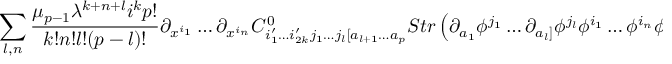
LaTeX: \sum _ { l , n } \frac { \mu _ { p - 1 } \lambda ^ { k + n + l } i ^ { k } p ! } { k ! n ! l ! ( p - l ) ! } \partial _ { x ^ { i _ { 1 } } } \ldots \partial _ { x ^ { i _ { n } } } C _ { i _ { 1 } ^ { \prime } \ldots i _ { 2 k } ^ { \prime } j _ { 1 } \ldots j _ { l } [ a _ { l + 1 } \ldots a _ { p } } ^ { 0 } S t r \left( \partial _ { a _ { 1 } } \phi ^ { j _ { 1 } } \ldots \partial _ { a _ { l } ] } \phi ^ { j _ { l } } \phi ^ { i _ { 1 } } \ldots \phi ^ { i _ { n } } \phi ^ { i _ { 2 k } ^ { \prime } } \phi ^ { i _ { 2 k - 1 } ^ { \prime } } \ldots \right)